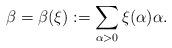
LaTeX: \begin{align*}\beta = \beta (\xi) := \sum_{\alpha >0}\xi(\alpha)\alpha.\end{align*}